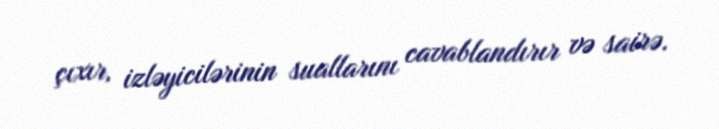
çıxır, izləyicilərinin suallarını cavablandırır və sairə.